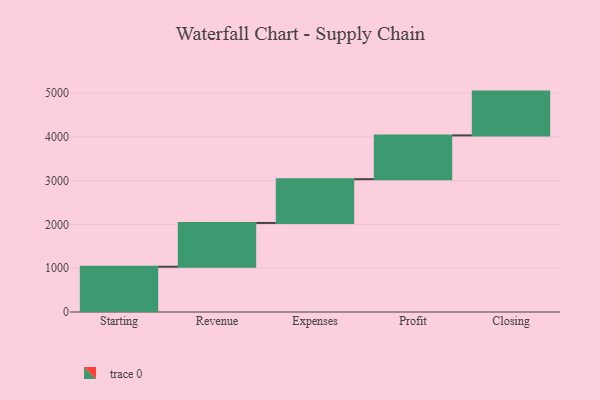
{"axis": {"x": "Step", "y": "Value"}, "legend": [""], "data": [{"x": "Starting", "y": 1034.0, "type": ""}, {"x": "Revenue", "y": 1000, "type": ""}, {"x": "Expenses", "y": 1000, "type": ""}, {"x": "Profit", "y": 1000, "type": ""}, {"x": "Closing", "y": 1000, "type": ""}]}